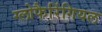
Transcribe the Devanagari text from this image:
ग्लोफैरिंगियल